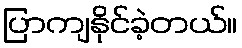
ပြာကျနိုင်ခဲ့တယ်။